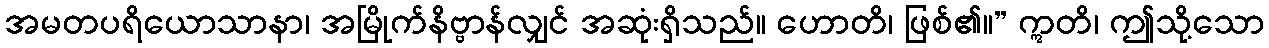
အမတပရိယောသာနာ၊ အမြိုက်နိဗ္ဗာန်လျှင် အဆုံးရှိသည်။ ဟောတိ၊ ဖြစ်၏။” ဣတိ၊ ဤသို့သော